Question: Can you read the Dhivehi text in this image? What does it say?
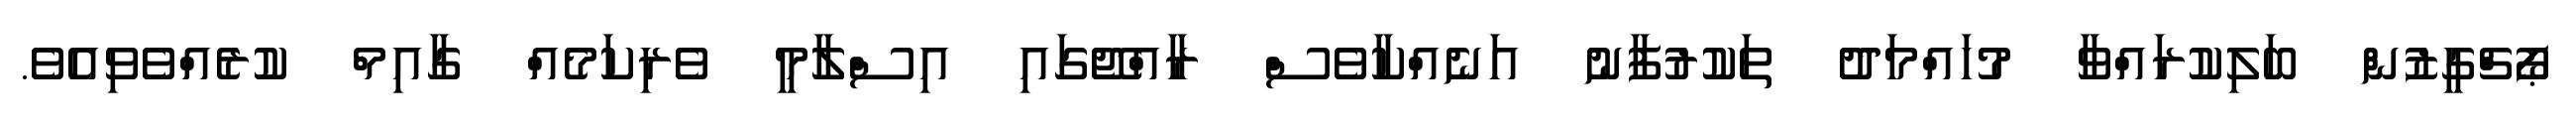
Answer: ޕޯޗްގީޒުން ބަލިކުރައްވާ މުހައްމަދު ތަކުރުފާނު އަނެއްކާވެސް ރާއްޖޭގައި އިސްލާމީ ވެރިކަމެއް ގާއިމް ކުރެއްވެވިއެވެ.